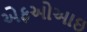
એફઓઆઇ